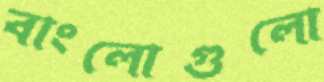
বাংলোগুলো